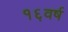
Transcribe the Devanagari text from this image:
१६वर्ष